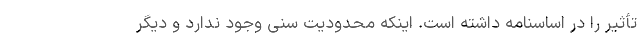
تأثیر را در اساسنامه داشته است. اینکه محدودیت سنی وجود ندارد و دیگر